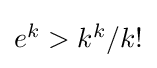
{\textstyle e^{k}>k^{k}/k!}